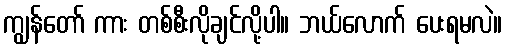
ကျွန်တော် ကား တစ်စီးလိုချင်လို့ပါ။ ဘယ်လောက် ပေးရမလဲ။